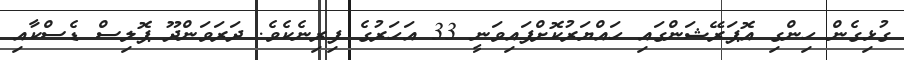
ގުޅިގެން ހިންގި އޮޕަރޭޝަންގައި ހައްޔަރުކޮށްފައިވަނީ 33 އަހަރުގެ ފިރިނެކެވެ. ދަރަވަންދޫ ޕޮލިސް ޑެސްކާއި